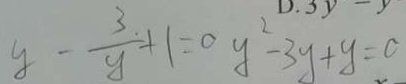
y - \frac { 3 . } { y } + 1 = 0 y ^ { 2 } - 3 y + y = 0